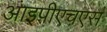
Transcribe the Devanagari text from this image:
आइपीएचएस